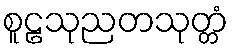
စူဠသုညတသုတ္တံ